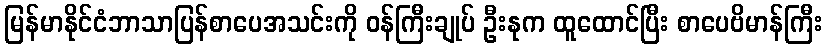
မြန်မာနိုင်ငံဘာသာပြန်စာပေအသင်းကို ဝန်ကြီးချုပ် ဦးနုက ထူထောင်ပြီး စာပေဗိမာန်ကြီး